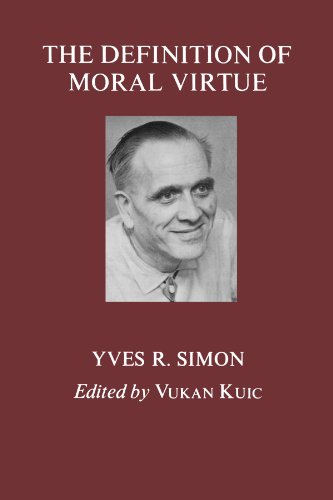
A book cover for The Definition of Moral Virtue; Yves R. Simon; Religion & Spirituality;